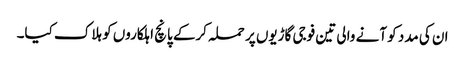
ان کی مدد کو آنے والی تین فوجی گاڑیوں پر حملہ کرکے پانچ اہلکاروں کو ہلاک کیا۔